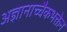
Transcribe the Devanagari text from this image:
अज्ञानाच्चैकभक्तेन